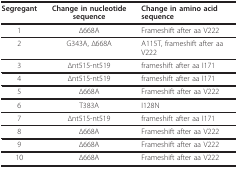
<table><thead><tr><td><b>Segregant</b></td><td><b>Change in nucleotide sequence</b></td><td><b>Change in amino acid sequence</b></td></tr></thead><tbody><tr><td>1</td><td>Δ668A</td><td>Frameshift after aa V222</td></tr><tr><td>2</td><td>G343A, Δ668A</td><td>A115T, frameshift after aa V222</td></tr><tr><td>3</td><td>Δnt515-nt519</td><td>frameshift after aa I171</td></tr><tr><td>4</td><td>Δnt515-nt519</td><td>frameshift after aa I171</td></tr><tr><td>5</td><td>Δ668A</td><td>Frameshift after aa V222</td></tr><tr><td>6</td><td>T383A</td><td>I128N</td></tr><tr><td>7</td><td>Δnt515-nt519</td><td>frameshift after aa I171</td></tr><tr><td>8</td><td>Δ668A</td><td>Frameshift after aa V222</td></tr><tr><td>9</td><td>Δ668A</td><td>Frameshift after aa V222</td></tr><tr><td>10</td><td>Δ668A</td><td>Frameshift after aa V222</td></tr></tbody></table>